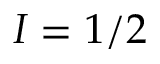
I = 1 / 2